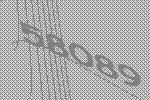
58089